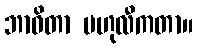
ဘာဝိတာ ဗဟုလီကတာ။